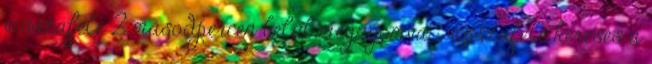
visszafelé 2 másodpercen belül megnyomva ; visszafelé keresés a